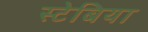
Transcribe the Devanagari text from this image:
स्टेबिया